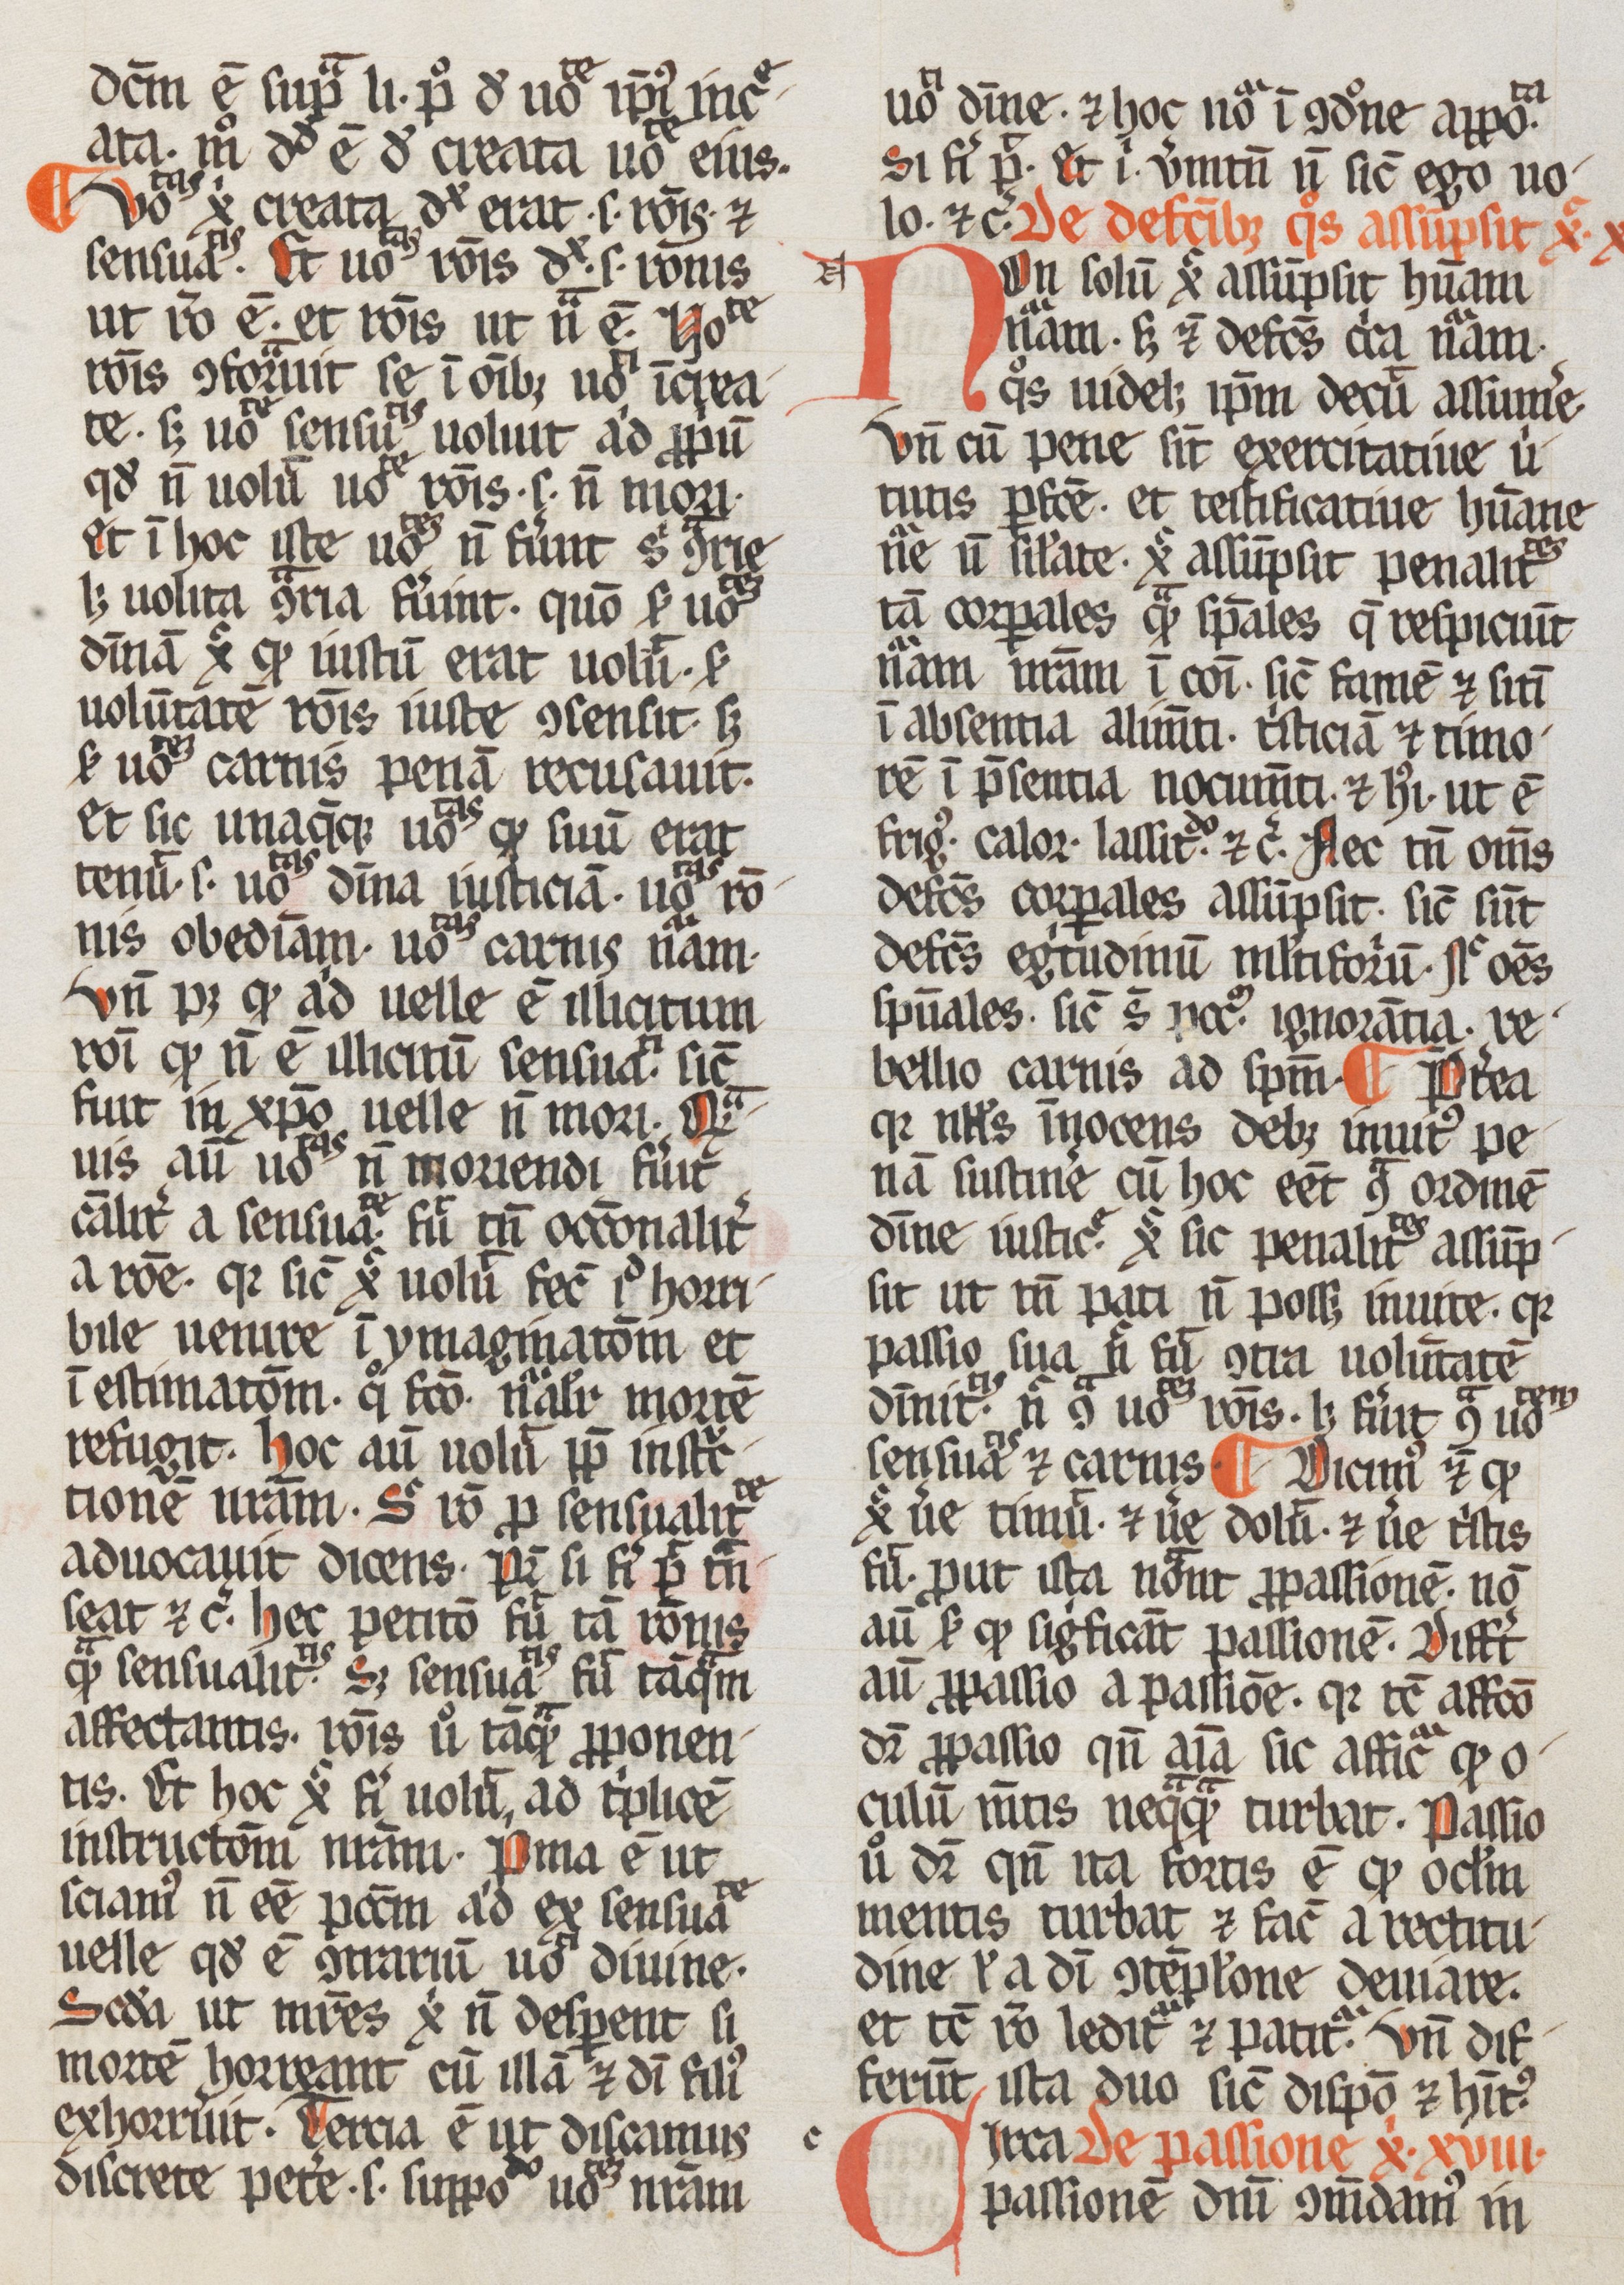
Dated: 1265–1285